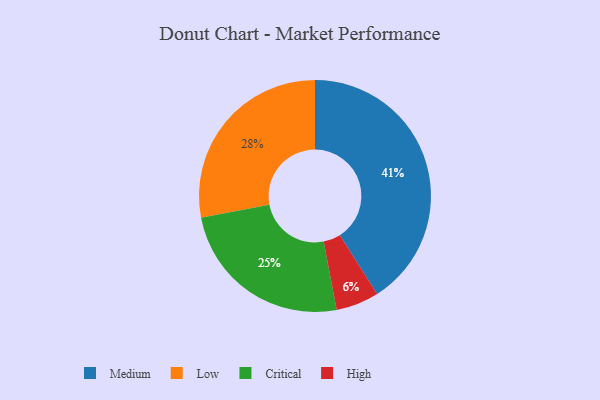
{"axis": {"x": "Category", "y": "Percentage"}, "legend": ["Critical", "High", "Low", "Medium"], "data": [{"x": "High", "y": 6, "type": "High"}, {"x": "Medium", "y": 41, "type": "Medium"}, {"x": "Critical", "y": 25, "type": "Critical"}, {"x": "Low", "y": 28, "type": "Low"}]}